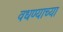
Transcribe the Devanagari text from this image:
वधण्याच्या